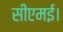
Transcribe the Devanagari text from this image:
सीएमई।